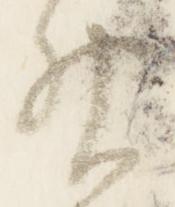
神